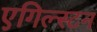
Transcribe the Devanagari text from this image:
एगिल्स्टन